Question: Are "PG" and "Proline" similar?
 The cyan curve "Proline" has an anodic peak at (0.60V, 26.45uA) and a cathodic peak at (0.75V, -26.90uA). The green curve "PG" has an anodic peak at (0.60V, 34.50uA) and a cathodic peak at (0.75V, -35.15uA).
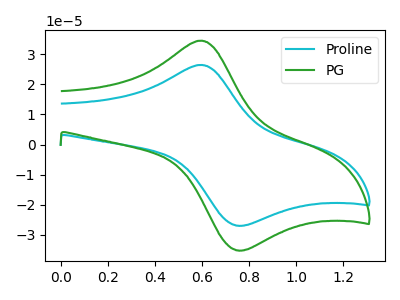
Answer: <think>All the peaks in "PG" have a peak in "Proline" at the same potential. Every peak in "PG" is higher than every peak in "Proline".
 </think>
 <answer>"PG" and "Proline" are similar in shape.</answer>
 <eval>same_shape</eval>